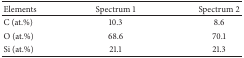
| Elements | Spectrum 1 | Spectrum 2 |
 | --- | --- | --- |
 | C (at.%) | 10.3 | 8.6 |
 | O (at.%) | 68.6 | 70.1 |
 | Si (at.%) | 21.1 | 21.3 |